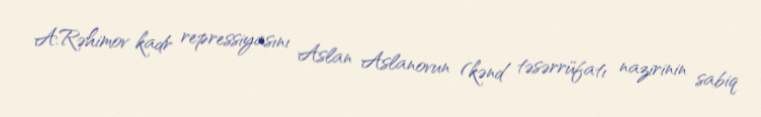
A.Rəhimov kadr repressiyasını Aslan Aslanovun (kənd təsərrüfatı nazirinin sabiq